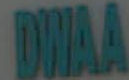
DHAA